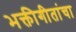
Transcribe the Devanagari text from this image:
भक्तीगीतांचा